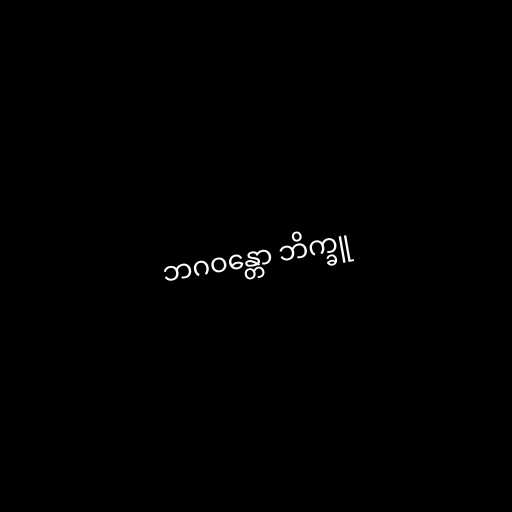
ဘဂဝန္တော ဘိက္ခူ